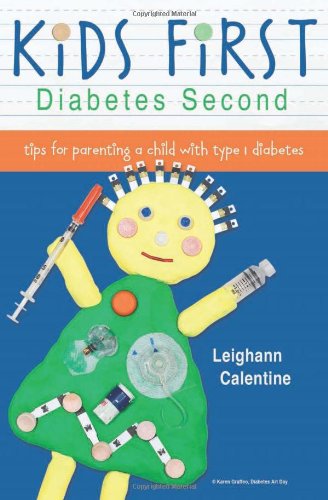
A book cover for KiDS FiRST Diabetes Second: tips for parenting a child with type 1 diabetes; Leighann Calentine; Health, Fitness & Dieting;